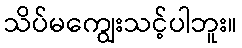
သိပ်မကျွေးသင့်ပါဘူး။